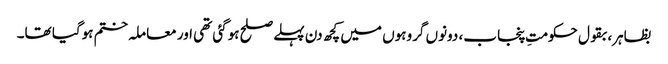
بظاہر، بقول حکومتِ پنجاب، دونوں گروہوں میں کچھ دن پہلے صلح ہوگئی تھی اور معاملہ ختم ہوگیا تھا۔